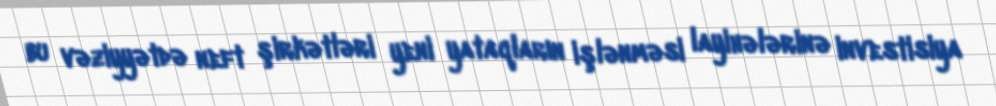
bu vəziyyətdə neft şirkətləri yeni yataqların işlənməsi layihələrinə investisiya